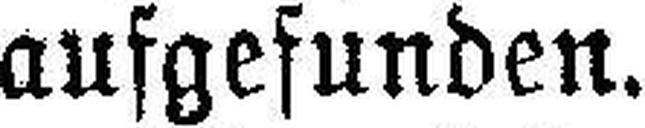
aufgefunden.